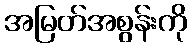
အမြတ်အစွန်းကို